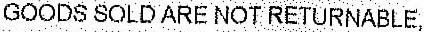
GOODS SOLD ARE NOT RETURNABLE,